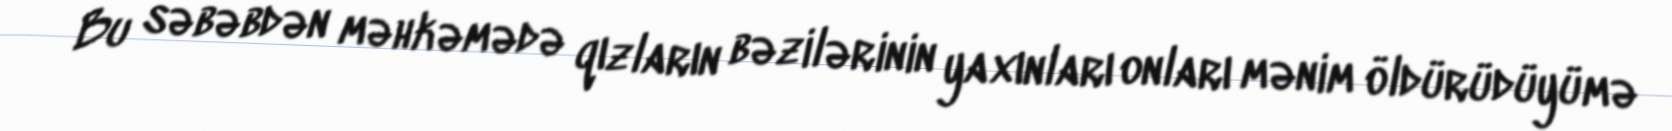
Bu səbəbdən məhkəmədə qızların bəzilərinin yaxınları onları mənim öldürüdüyümə